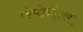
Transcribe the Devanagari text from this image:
कंपोनेंट्स